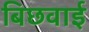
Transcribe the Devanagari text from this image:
बिछवाई